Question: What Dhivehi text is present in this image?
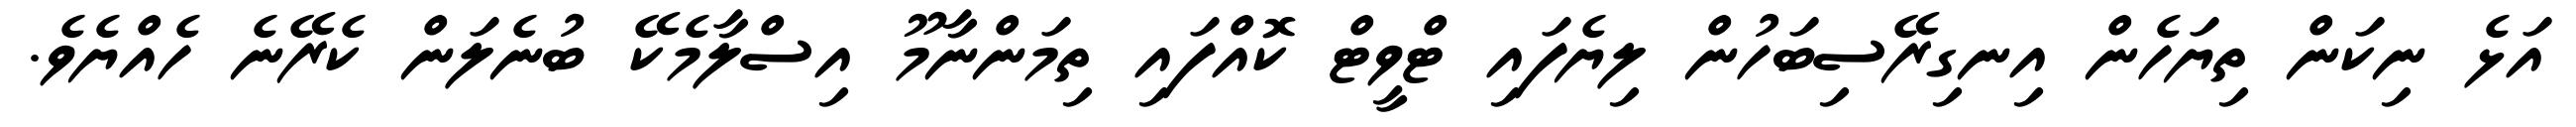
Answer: އަޅެ ނިކަން ތިޔަހެން އިނގިރޭސިބަހުން ލިޔެފައި ޓްވީޓް ކޮއްފައި ތިމަންނާމޫ އިސްލާމެކޭ ބުނެލަން ކެރޭނެ ހެއްޔެވެ.